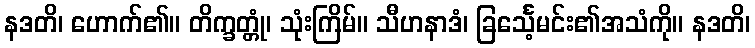
နဒတိ၊ ဟောက်၏။ တိက္ခတ္တုံ၊ သုံးကြိမ်။ သီဟနာဒံ၊ ခြင်္သေ့မင်း၏အသံကို။ နဒတိ၊